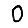
Digit: 0